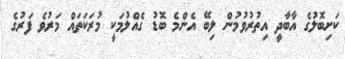
ކަށިބޮލުގެ އާބާދީ އިތުރުވުމުން ލިބޭ އެންމެ ބޮޑު ގެއްލުމަކީ މުރަކަތައް މަރުވެ ފަރުގެ